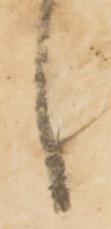
々